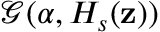
\mathcal { G } ( \boldsymbol { \alpha } , H _ { s } ( { \mathbf z } ) )